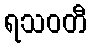
ရသဝတီ